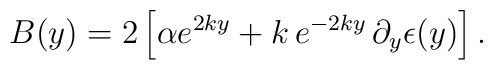
B(y)=2\left[\alpha e^{2ky}+k\,e^{-2ky}\,\partial_y\epsilon(y)\right].